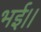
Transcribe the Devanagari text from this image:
भई।।